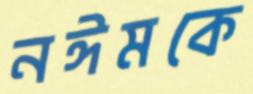
নঈমকে